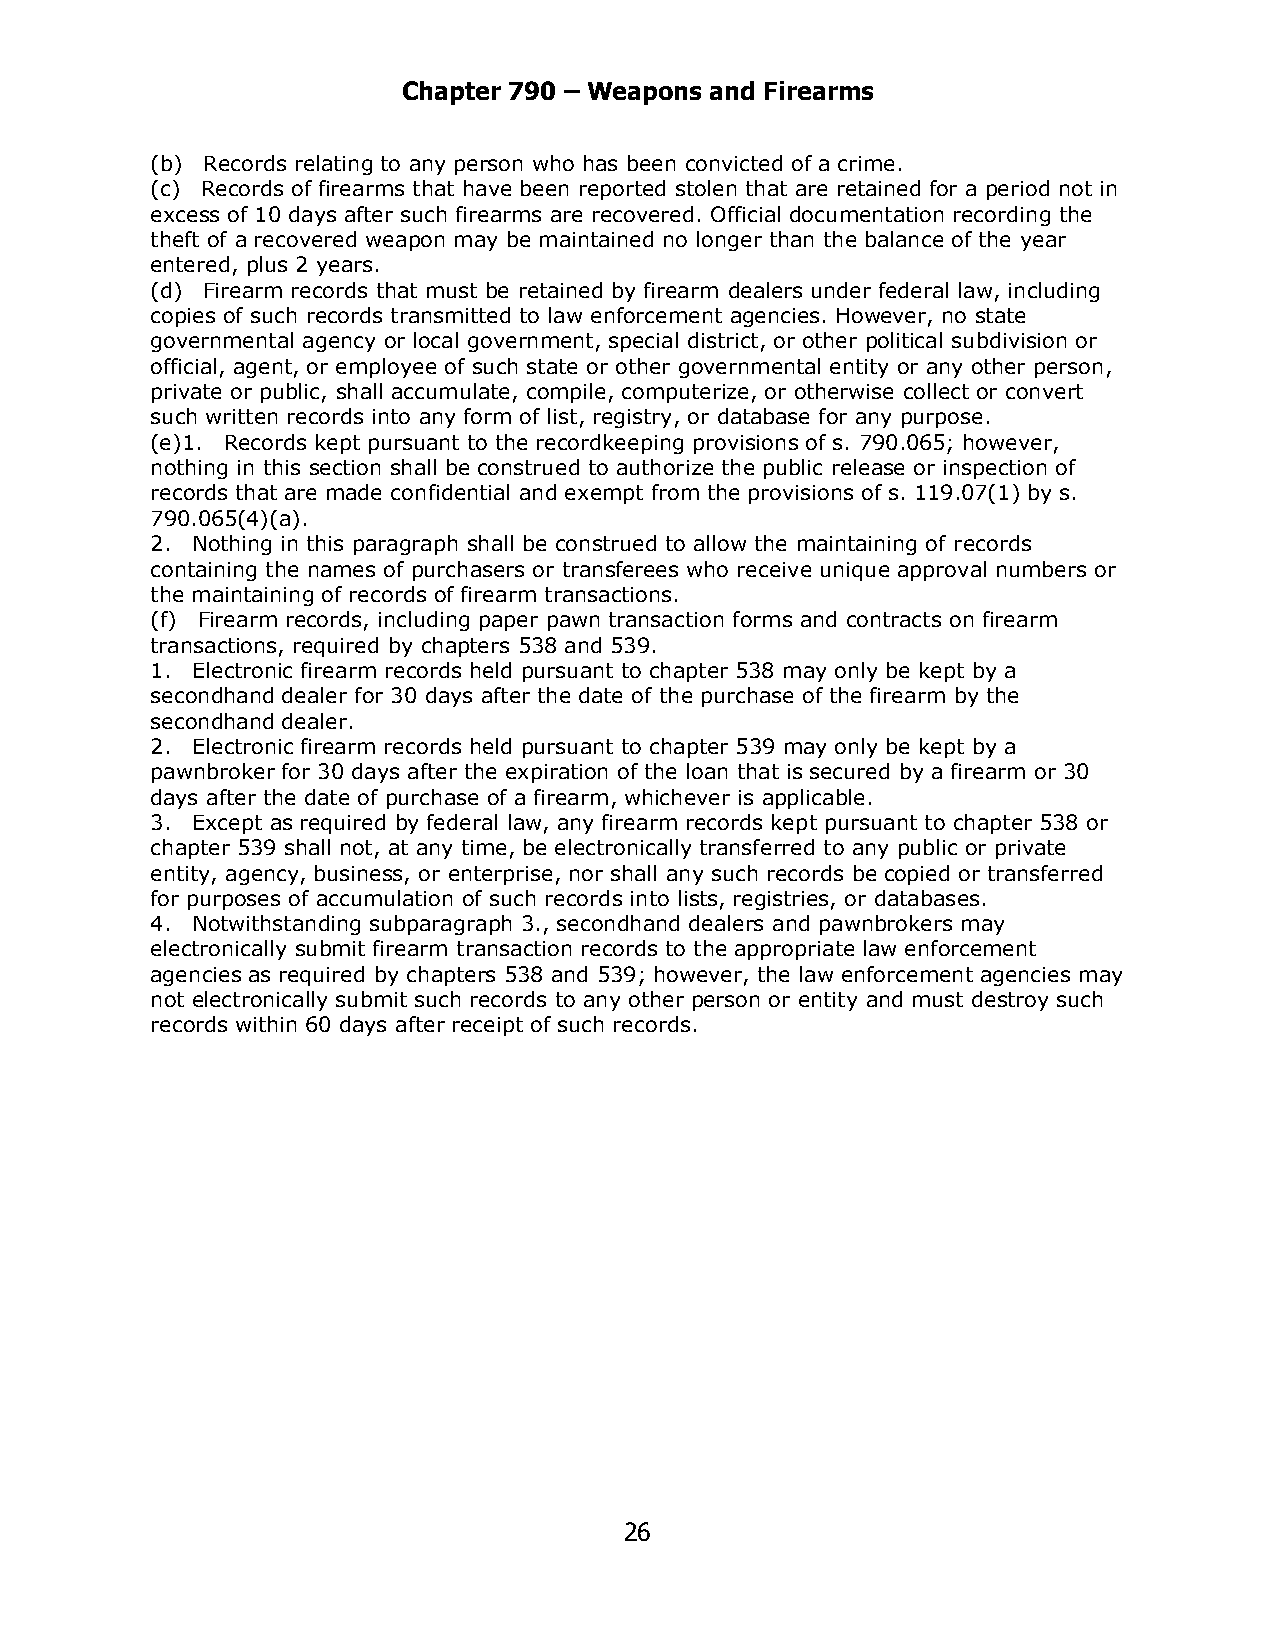
Chapter 790 – Weapons and Firearms
 (b) Records relating to any person who has been convicted of a crime.
 (c) Records of firearms that have been reported stolen that are retained for a period not in
 excess of 10 days after such firearms are recovered. Official documentation recording the
 theft of a recovered weapon may be maintained no longer than the balance of the year
 entered, plus 2 years.
 (d) Firearm records that must be retained by firearm dealers under federal law, including
 copies of such records transmitted to law enforcement agencies. However, no state
 governmental agency or local government, special district, or other political subdivision or
 official, agent, or employee of such state or other governmental entity or any other person,
 private or public, shall accumulate, compile, computerize, or otherwise collect or convert
 such written records into any form of list, registry, or database for any purpose.
 (e)1. Records kept pursuant to the recordkeeping provisions of s. 790.065; however,
 nothing in this section shall be construed to authorize the public release or inspection of
 records that are made confidential and exempt from the provisions of s. 119.07(1) by s.
 790.065(4)(a).
 2. Nothing in this paragraph shall be construed to allow the maintaining of records
 containing the names of purchasers or transferees who receive unique approval numbers or
 the maintaining of records of firearm transactions.
 (f) Firearm records, including paper pawn transaction forms and contracts on firearm
 transactions, required by chapters 538 and 539.
 1. Electronic firearm records held pursuant to chapter 538 may only be kept by a
 secondhand dealer for 30 days after the date of the purchase of the firearm by the
 secondhand dealer.
 2. Electronic firearm records held pursuant to chapter 539 may only be kept by a
 pawnbroker for 30 days after the expiration of the loan that is secured by a firearm or 30
 days after the date of purchase of a firearm, whichever is applicable.
 3. Except as required by federal law, any firearm records kept pursuant to chapter 538 or
 chapter 539 shall not, at any time, be electronically transferred to any public or private
 entity, agency, business, or enterprise, nor shall any such records be copied or transferred
 for purposes of accumulation of such records into lists, registries, or databases.
 4. Notwithstanding subparagraph 3., secondhand dealers and pawnbrokers may
 electronically submit firearm transaction records to the appropriate law enforcement
 agencies as required by chapters 538 and 539; however, the law enforcement agencies may
 not electronically submit such records to any other person or entity and must destroy such
 records within 60 days after receipt of such records.
 26